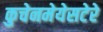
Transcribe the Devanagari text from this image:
कुचेनमेयेसटेरे